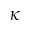
\kappa